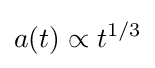
a(t)\propto t^{1/3}